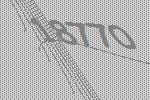
18770